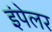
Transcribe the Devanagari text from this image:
इंपेलर